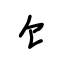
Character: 饣